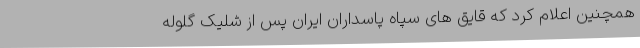
همچنین اعلام کرد که قایق های سپاه پاسداران ایران پس از شلیک گلوله